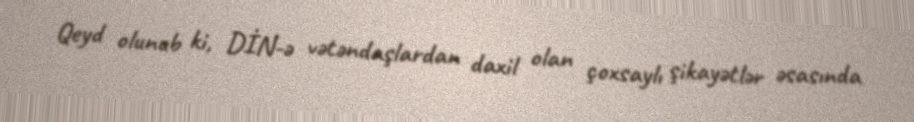
Qeyd olunub ki, DİN-ə vətəndaşlardan daxil olan çoxsaylı şikayətlər əsasında